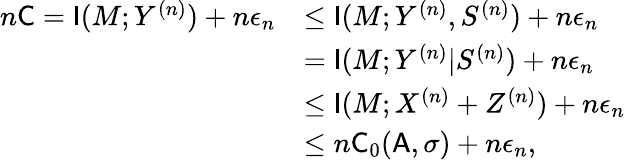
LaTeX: \begin{array}{rl}{n\mathsf{C}=\mathsf{I}(M;Y^{(n)})+n\epsilon_{n}}&{\le\mathsf{I}(M;Y^{(n)},S^{(n)})+n\epsilon_{n}}\\ &{=\mathsf{I}(M;Y^{(n)}|S^{(n)})+n\epsilon_{n}}\\ &{\le\mathsf{I}(M;X^{(n)}+Z^{(n)})+n\epsilon_{n}}\\ &{\le n\mathsf{C}_{0}(\mathsf{A},\sigma)+n\epsilon_{n},}\end{array}